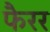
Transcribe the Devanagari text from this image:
फैरर